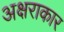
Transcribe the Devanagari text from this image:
अक्षराकार